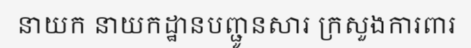
នាយក នាយកដ្ឋានបញ្ជូនសារ ក្រសួងការពារ